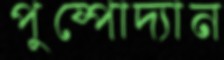
পুষ্পোদ্যান